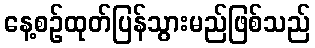
နေ့စဉ်ထုတ်ပြန်သွားမည်ဖြစ်သည်